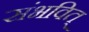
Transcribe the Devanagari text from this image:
संभवित्